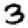
Digit: 3